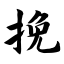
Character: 挽